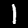
Digit: 1